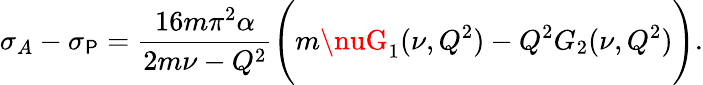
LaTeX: \sigma_{A}-\sigma_{\mathsf{P}}={\frac{{16m\pi^{2}\alpha}}{{2m\nu-Q^{2}}}}\Biggl(m\nuG_{1}(\nu,Q^{2})-Q^{2}G_{2}(\nu,Q^{2})\Biggr).